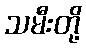
သမီးတို့